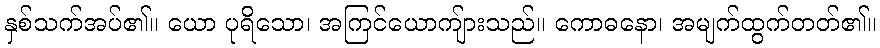
နှစ်သက်အပ်၏။ ယော ပုရိသော၊ အကြင်ယောကျ်ားသည်။ ကောဓနော၊ အမျက်ထွက်တတ်၏။